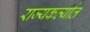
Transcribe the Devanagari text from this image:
राज्यकर्त्यात